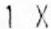
1 X